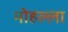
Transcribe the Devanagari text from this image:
मोहल्‍ला